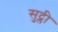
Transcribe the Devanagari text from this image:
सुट्ली